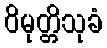
ဝိမုတ္တိသုခံ